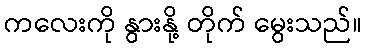
ကလေးကို နွားနို့ တိုက် မွေးသည်။